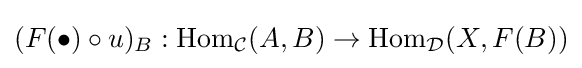
(F(\bullet )\circ u)_{B}:{\text{Hom}}_{\mathcal {C}}(A,B)\to {\text{Hom}}_{\mathcal {D}}(X,F(B))